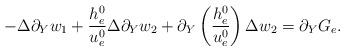
LaTeX: \begin{align*}-\Delta \partial_Y w_1+\frac{h^0_e}{u^0_e}\Delta \partial_Y w_2+\partial_Y \left(\frac{h^0_e}{u^0_e}\right)\Delta w_2=\partial_Y G_e.\end{align*}